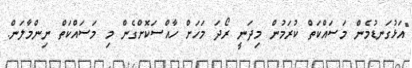
"އަޅުގަނޑުމެން މަސައްކަތް ކުރަމުން މިދަނީ ރޯދަ މަހަށް ހާއްސަކޮށްގެން މި މަސައްކަތް ނިންމާލަން.